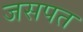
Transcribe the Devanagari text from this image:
जसपत